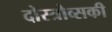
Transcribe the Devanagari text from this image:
दोस्त्रोव्सकी